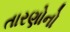
તારણોનો